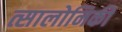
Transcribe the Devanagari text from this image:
त्सालोनिकी